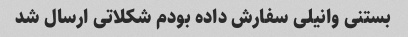
بستنی وانیلی سفارش داده بودم شکلاتی ارسال شد